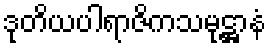
ဒုတိယပါရာဇိကသမုဋ္ဌာနံ